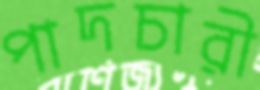
পাদচারী